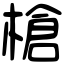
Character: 槍